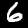
Label: 6